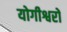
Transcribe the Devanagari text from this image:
योगीश्वरों